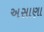
અસાણા